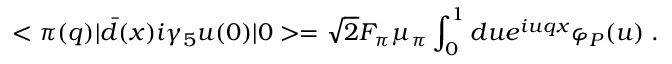
< \pi ( q ) | { \bar { d } } ( x ) i \gamma _ { 5 } u ( 0 ) | 0 > = \sqrt { 2 } F _ { \pi } \mu _ { \pi } \int _ { 0 } ^ { 1 } d u e ^ { i u q x } \varphi _ { P } ( u ) \; .